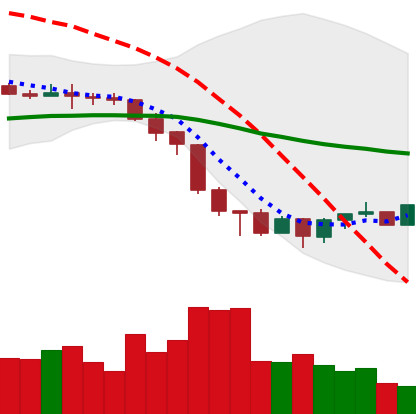
Ticker: XMR-USD
Chart end date: 2022-06-23
Forward return: -4.228%
Label: down_3_5